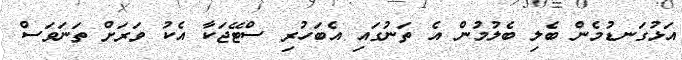
އަޅުގަނޑުމެން ބެލި ބެލުމުން އެ ތަނުގައި އެބަހުރި ސްޓޭޖަކާ އެކު ވަރަށް ތަނަވަސް